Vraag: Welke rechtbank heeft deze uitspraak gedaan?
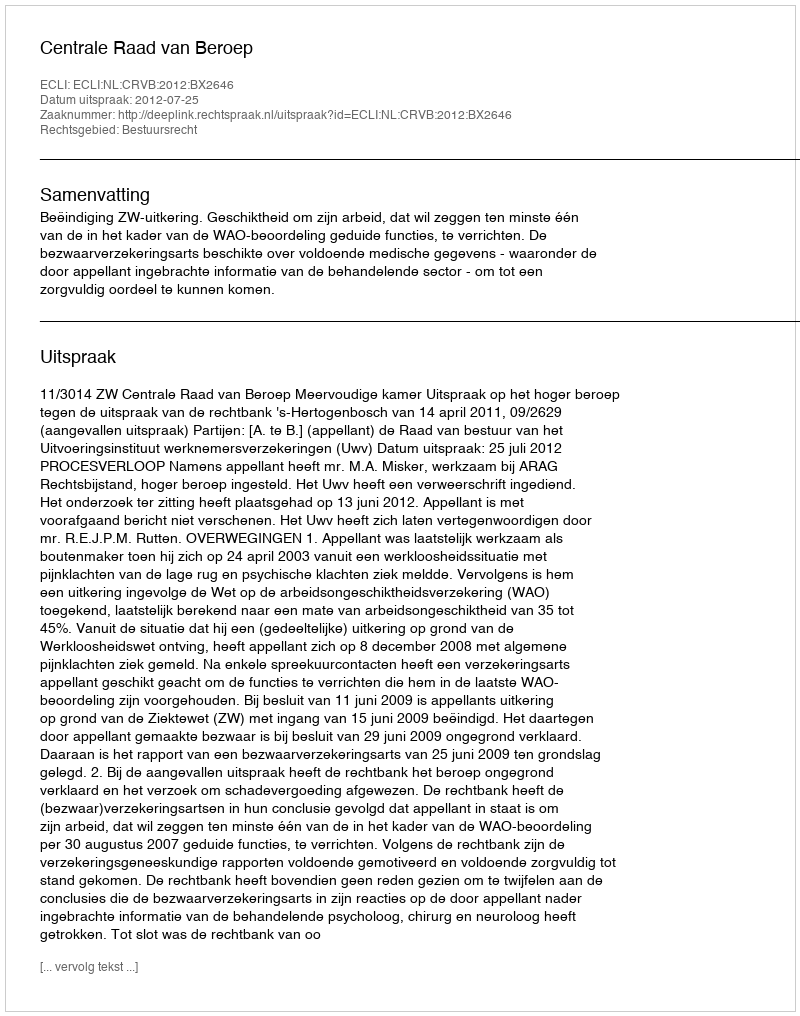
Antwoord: Centrale Raad van Beroep